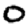
Digit: 0